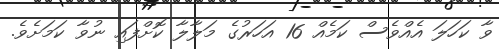
ވާ ކަހަލަ އެއްވެސް ކަމެއް 16 އަހަރުގެ މަލާލާ ކޮށްފައި ނުވާ ކަމަށެވެ.